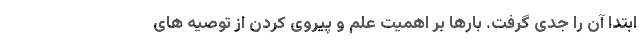
ابتدا آن را جدی گرفت. بارها بر اهمیت علم و پیروی کردن از توصیه های